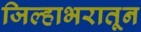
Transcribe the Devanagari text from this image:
जिल्हाभरातून